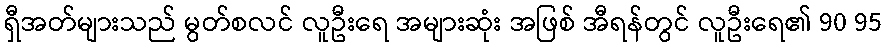
ရှီအတ်များသည် မွတ်စလင် လူဦးရေ အများဆုံး အဖြစ် အီရန်တွင် လူဦးရေ၏ 90 95